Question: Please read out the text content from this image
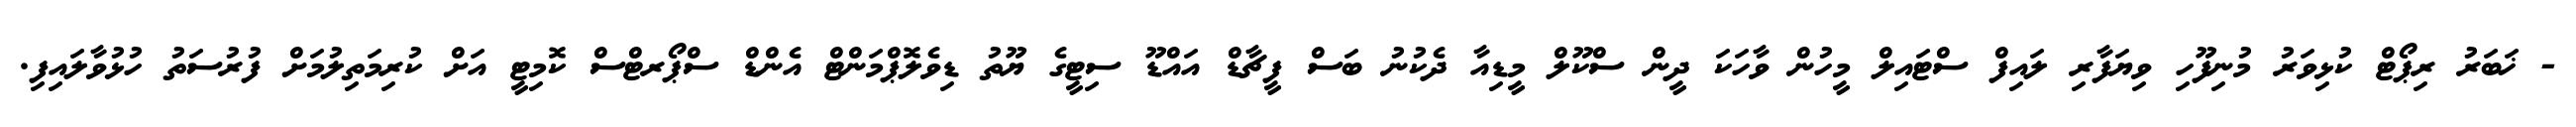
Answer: - ޚަބަރު ރިޕޯޓް ކުޅިވަރު މުނިފޫހި ވިޔަފާރި ލައިފް ސްޓައިލް މީހުން ވާހަކަ ދީން ސްކޫލް މީޑިއާ ދެކުނު ބަސް ފީޗާޑް އައްޑޫ ސިޓީގެ ޔޫތު ޑިވެލޮޕްމަންޓް އެންޑް ސްޕޯރޓްސް ކޮމިޓީ އަށް ކުރިމަތިލުމަށް ފުރުސަތު ހުޅުވާލައިފި.